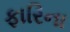
ફારિના